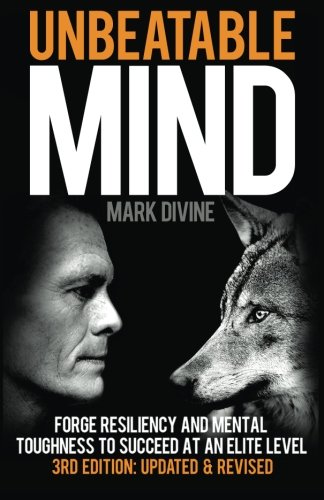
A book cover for Unbeatable Mind: Forge Resiliency and Mental Toughness to Succeed at an Elite Level (Third Edition); Mark Divine; Self-Help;